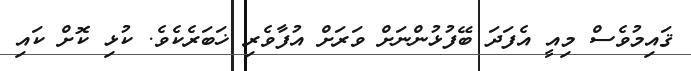
ޤައިމުވެސް މިއީ އެފަދަ ބޭފުޅުންނަށް ވަރަށް އުފާވެރި ޚަބަރެކެވެ. ކުޅި ކޮށް ކައި